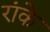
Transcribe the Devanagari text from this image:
रांके